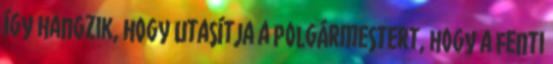
így hangzik, hogy utasítja a polgármestert, hogy a fenti